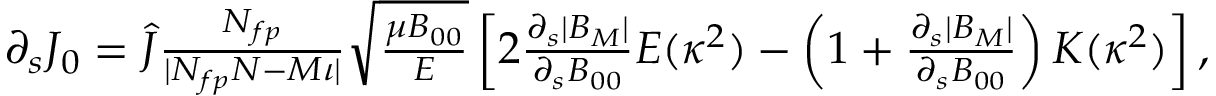
\begin{array} { r } { \partial _ { s } J _ { 0 } = \hat { J } \frac { N _ { f p } } { | N _ { f p } N - M \iota | } \sqrt { \frac { \mu B _ { 0 0 } } { { \cal E } } } \left[ 2 \frac { \partial _ { s } | B _ { M } | } { \partial _ { s } B _ { 0 0 } } E ( \kappa ^ { 2 } ) - \left( 1 + \frac { \partial _ { s } | B _ { M } | } { \partial _ { s } B _ { 0 0 } } \right) K ( \kappa ^ { 2 } ) \right] , } \end{array}